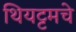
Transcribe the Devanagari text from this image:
थियट्टमचे